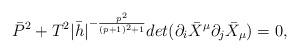
LaTeX: \begin{align*}\bar{P} ^{2} + T^{2}|\bar{h} | ^{-\frac{p^{2}}{(p+1)^{2}+1}} det(\partial_{i}\bar{X} ^{\mu}\partial_{j}\bar{X} _{\mu})=0,\end{align*}